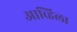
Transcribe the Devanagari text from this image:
आव्हिला